Vaccine operations Central Provinces 1868-1885 - 1868-1885
Year: 1868
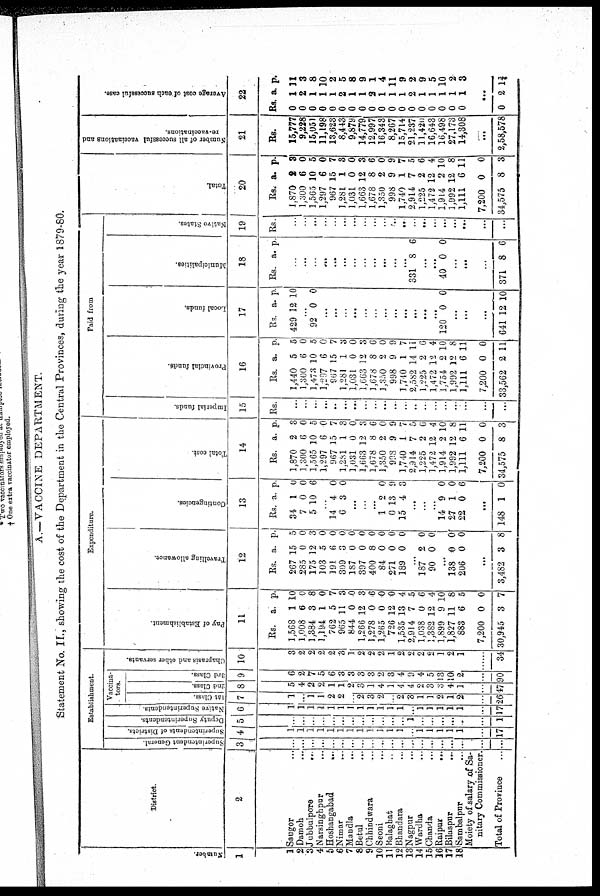
A.—VACCINE DEPARTMENT.
Statement No. II., showing the cost of the Department in the Central Provinces, during the year 1879-80.
Number.
1
1
2
3
4
5
6
7
8 9
10
11 12
13
14
15
16
17
18
District.
2
Saugor... ...
Damoh... ...
Jubbulpore...
...
Narsinghpur...
...
Hoshangabad...
...
Nimar... ...
Mandla...
...
...
Betul... ...
Chhindwara... ...
Seoni...
...
Balaghat... ...
Bhandara... ...
Nagpur...
...
Wardha... ...
Chanda... ... ...
Raipur
...
...
Bilaspur... ...
Sambalpur... ...
Moiety of salary of Sa-
nitary Commissioner.
Total of Province
Establishment.
Vaccina-
tors.
Superintendent General.
3
...
...
...
...
...
...
...
...
...
...
...
...
...
...
...
...
...
...
...
...
Superintendents of Districts.
4
1
1
1
1
1
1
1
1
1
1
1
1
...
1
1
1
1
1
...
17
Deputy Superintendents.
5
...
...
...
...
...
...
...
...
..
...
...
...
1
...
...
...
...
...
...
1
Native Superintendents.
6
1
1
1
1
1
1
1
1
1
1
1
1
...
1
1
1
1
1
..
17
1st Class.
7
1
...
1
1
2
2
...
2
3
2
..
2
3
1
1
2
1
2
...
26
2nd Class.
8
5
4
2
2
1
1
2
3
1
4
1
4
4
2
3
3
4
1
...
47
3rd Class.
9
6
2
7
5
6
3
3
3
3
2
3
4
9
4
5
13
10
2
...
90
Chaprasis and other servants.
10
3
2
2
2
2
3
1
2
2
2
1
2
2
2
2
1
2
1
...
34
Expenditure.
Pay of Establishment.
11
Rs.
1,568
1,008
1,384
1,194
762
965
844
1,266
1,278
1,265
726
1,535
2,914
1,038
1,382
1,899
1,827
883
7,200
30,945
a.
1
6
3
1
5
11
0
12
0
0
12
13
7
0
12
9
11
6
0
3
p.
10
0
8
0
7
3
0
3
6
0
0
4
5
6
4
10
8
5
0
7
Travelling allowance.
12
Rs.
267
585
175
103
191
309
187
397
400
84
271
189
a.
15
0
12
5
6
3
0
0
8
0
0
0
p.
5
0
3
0
0
0
0
0
0
0
0
0
...
187
90
2
0
0
0
...
138
206
0
0
0
0
...
3,482 3 8
Contingencies.
13
Rs.
34
7
5
a.
1
0
10
p.
0
0
6
...
14
6
4
3
0
0
...
...
...
1
0
15
2
13
4
0
9
3
...
...
...
14
27
22
9
1
0
0
0
6
...
148 1 0
Total cost.
14
Rs.
1,870
1,300
1,565
1,297
967
1,281
1,031
1,663
1,678
1,350
998
1,740
2,914
1,225
1,472
1,914
1,992
1,111
7,200
34,575
a.
2
6
10
6
15
1
0
12
8
2
9
1
7
2
12
2
12
6
0
8
p.
3
0
5
0
7
3
0
3
6
0
9
7
5
6
4
10
8
11
0
3
Paid from
Imperial funds.
15
Rs.
...
...
...
...
...
...
...
...
...
...
...
...
...
...
...
...
...
...
...
...
Provincial funds.
16
Rs.
1,440
1,300
1,473
1,297
967
1,281
1,031
1,663
1,678
1,350
998
1,740
2,582
1,225
1,472
1,754
1,992
1,111
7,200
33,562
a.
5
6
10
6
15
1
0
12
8
2
9
1
14
2
12
2
12
6
0
2
p.
5
0
5
0
7
3
0
3
6
0
9
7
11
6
4
10
8
11
0
11
Local funds.
17
Rs.
429
a.
12
p.
10
...
92 0 0
...
...
...
...
...
...
...
...
...
...
...
...
120 0 0
...
...
...
641 12 10
Municipalities.
18
Rs. a. p.
...
...
...
...
...
...
...
...
...
...
...
...
331 8 6
...
...
40 0 0
...
...
...
371 8 6
Native States.
19
Rs.
...
...
...
...
...
...
...
...
...
...
...
...
...
...
...
...
...
...
...
...
Total
20
Rs.
1,870
1,300
1,565
1,297
967
1,281
1,031
1,663
1,678
1,350
998
1,740
2,914
1,225
1,472
1,914
1,992
1,111
7,200
34,575
a.
2
6
10
6
15
1
0
12
8
2
9
1
7
2
12
2
12
6
0
8
p.
3
0
5
0
7
3
0
3
6
0
9
7
5
6
4
10
8
11
0
3
Number of all successful vaccinations and
re-vaccinations.
21
Rs.
15,777
9,228
15,051
11,198
13,623
8,443
9,879
14,779
12,997
16,343
8,267
15,714
21,237
11,420
16,643
16,498
27,173
14,308
...
2,58,578
Average cost of each successful case.
22
Rs
0
0
0
0
0
0
0
0
0
0
0
0
0
0
0
0
0
0
a.
1
2
1
1
1
2
1
1
2
1
1
1
2
1
1
1
1
1
p.
11
3
8
10
2
5
8
9
1
4
11
9
2
9
5
10
2
3
...
0 2 1¾